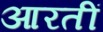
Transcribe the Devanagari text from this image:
आरतीं